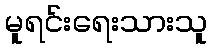
မူရင်းရေးသားသူ